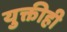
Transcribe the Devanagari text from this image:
युक्तीही